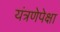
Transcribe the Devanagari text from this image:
यंत्रणेपेक्षा